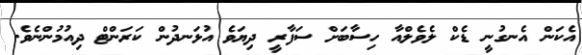
އެކަން އެނގުނީ ޑެކް ލެވެލްއާ ހިސާބަށް ސަފާރީ ދިޔަވެ އުޅަނދުން ކަރަންޓް ދިއުމުންނެވެ.